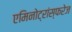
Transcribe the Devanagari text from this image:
एमिनोट्रांस्फरेज